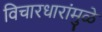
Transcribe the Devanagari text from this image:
विचारधारांमुळे